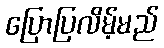
ပြောပြလိမ့်မည်